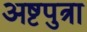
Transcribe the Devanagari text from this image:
अष्टपुत्रा